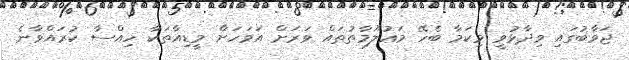
ޖަވާބުގައި ވިދާޅުވީ މިކަމާ ބެހޭ މަޢުލޫމާތުތައް ވަރަށް އަވަހަށް މީޑިއާތަކާ ހިއްސާ ކުރައްވާނެ